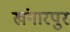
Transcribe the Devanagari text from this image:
खंगारपुर